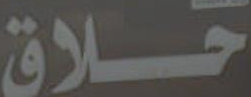
حلاق